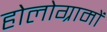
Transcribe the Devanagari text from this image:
होलोग्रामों